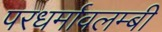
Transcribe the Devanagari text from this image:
परधर्मावलम्बी